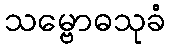
သမ္ဗောဓသုခံ